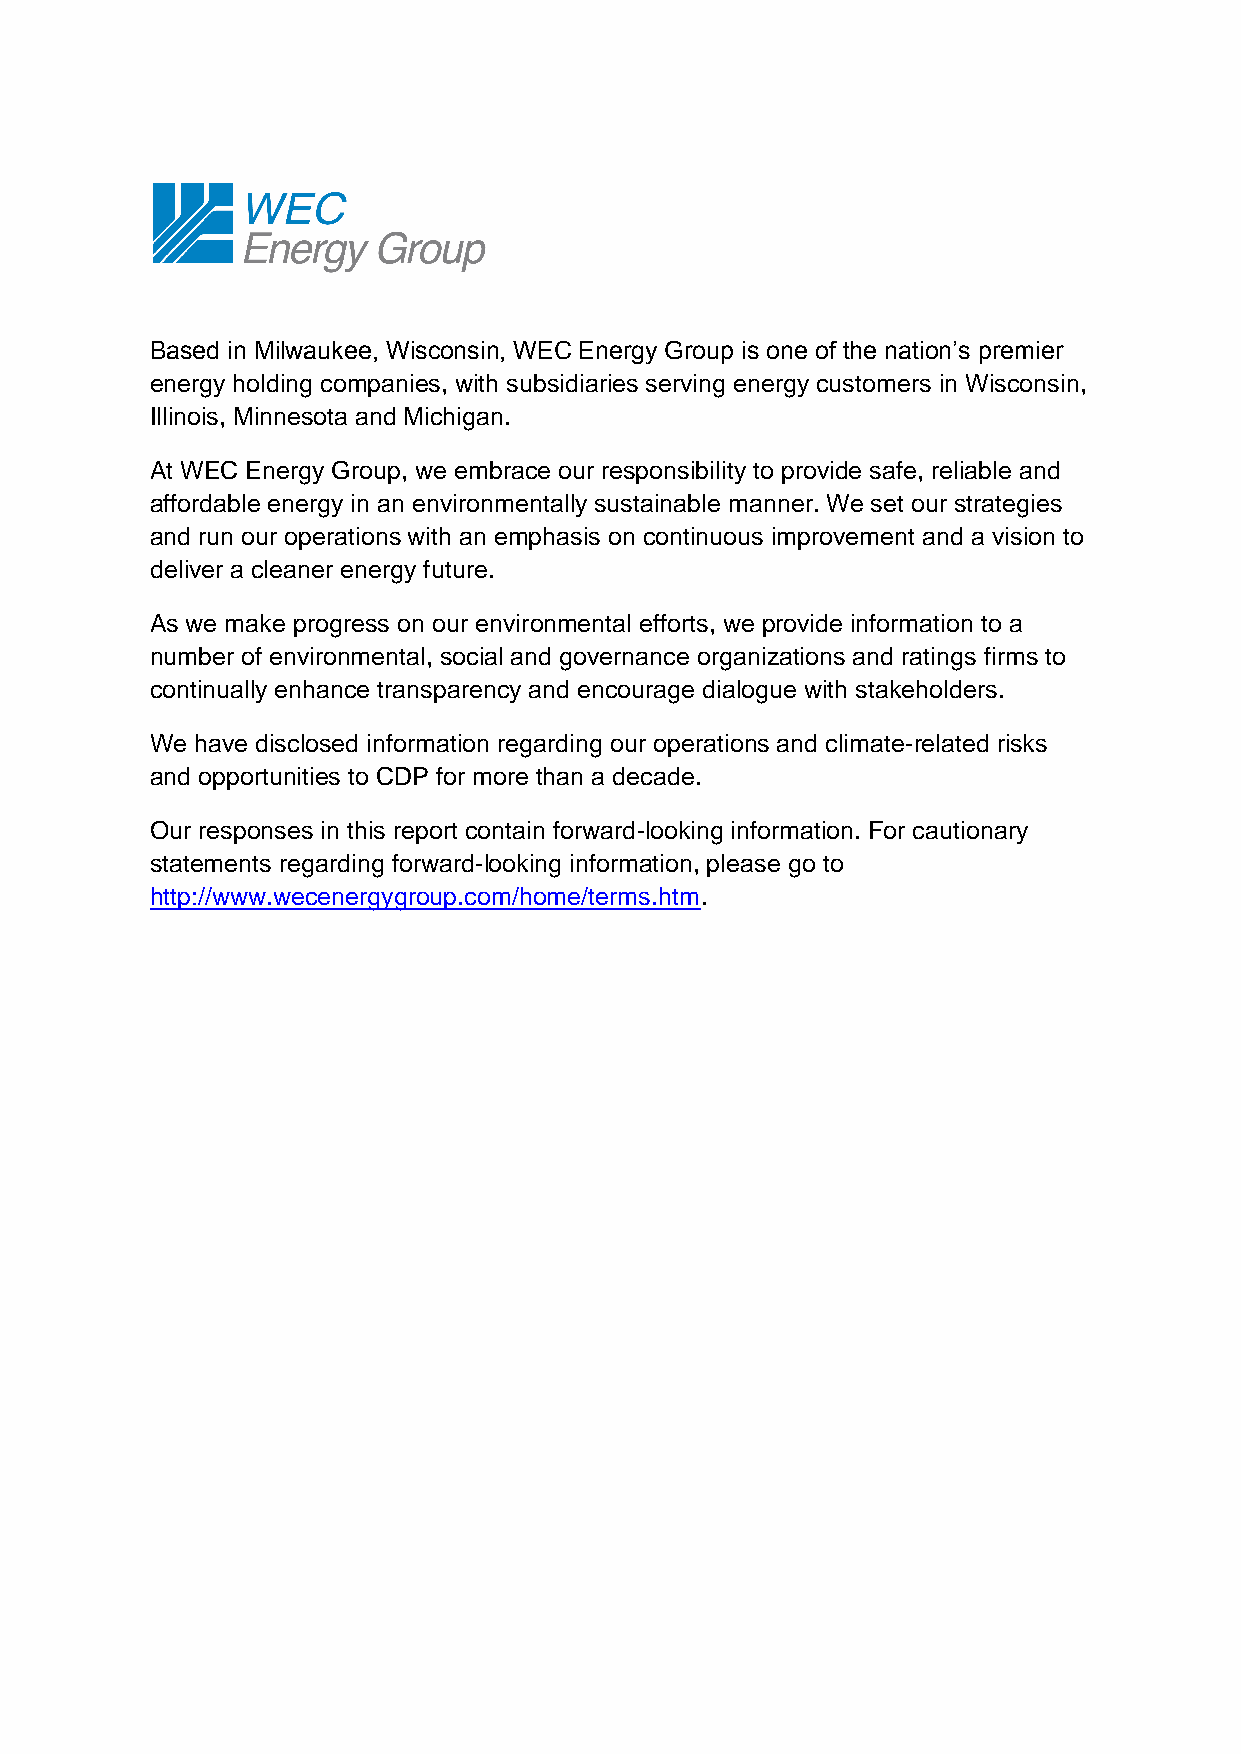
Based in Milwaukee, Wisconsin, WEC Energy Group is one of the nation’s premier
 energy holding companies, with subsidiaries serving energy customers in Wisconsin,
 Illinois, Minnesota and Michigan.
 At WEC Energy Group, we embrace our responsibility to provide safe, reliable and
 affordable energy in an environmentally sustainable manner. We set our strategies
 and run our operations with an emphasis on continuous improvement and a vision to
 deliver a cleaner energy future.
 As we make progress on our environmental efforts, we provide information to a
 number of environmental, social and governance organizations and ratings firms to
 continually enhance transparency and encourage dialogue with stakeholders.
 We have disclosed information regarding our operations and climate-related risks
 and opportunities to CDP for more than a decade.
 Our responses in this report contain forward-looking information. For cautionary
 statements regarding forward-looking information, please go to
 http://www.wecenergygroup.com/home/terms.htm.